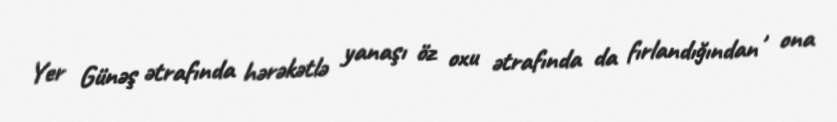
Yer Günəş ətrafında hərəkətlə yanaşı öz oxu ətrafında da fırlandığından , ona